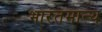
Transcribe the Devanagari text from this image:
भारतमान्य